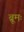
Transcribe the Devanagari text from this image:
ब्रूमः